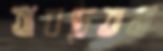
অবচেতনা